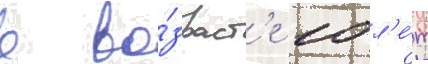
в во́зраст'е 10 л'е́т